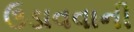
ઉડાવવાની